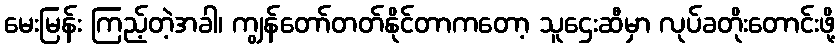
မေးမြန်း ကြည့်တဲ့အခါ၊ ကျွန်တော်တတ်နိုင်တာကတော့ သူဌေးဆီမှာ လုပ်ခတိုးတောင်းဖို့